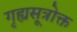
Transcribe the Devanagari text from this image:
गृह्यसूत्रोक्त